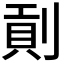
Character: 𠞖